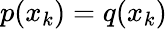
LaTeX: p(x_{k})=q(x_{k})